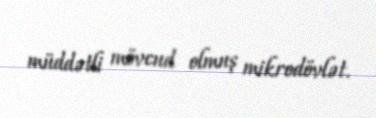
müddətli mövcud olmuş mikrodövlət.